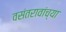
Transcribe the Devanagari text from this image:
वसंतरावांच्‍या